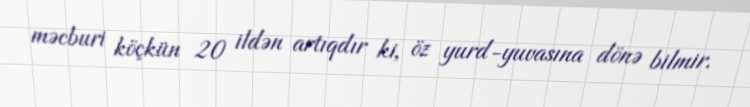
məcburi köçkün 20 ildən artıqdır ki, öz yurd-yuvasına dönə bilmir.